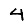
Digit: 4